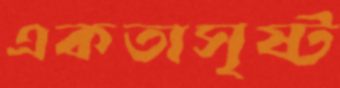
একতাসৃষ্ট